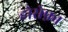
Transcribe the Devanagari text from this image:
होसेफ़ा